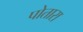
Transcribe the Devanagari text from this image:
पोतारा